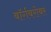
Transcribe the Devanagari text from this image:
बॉर्गबरोबर